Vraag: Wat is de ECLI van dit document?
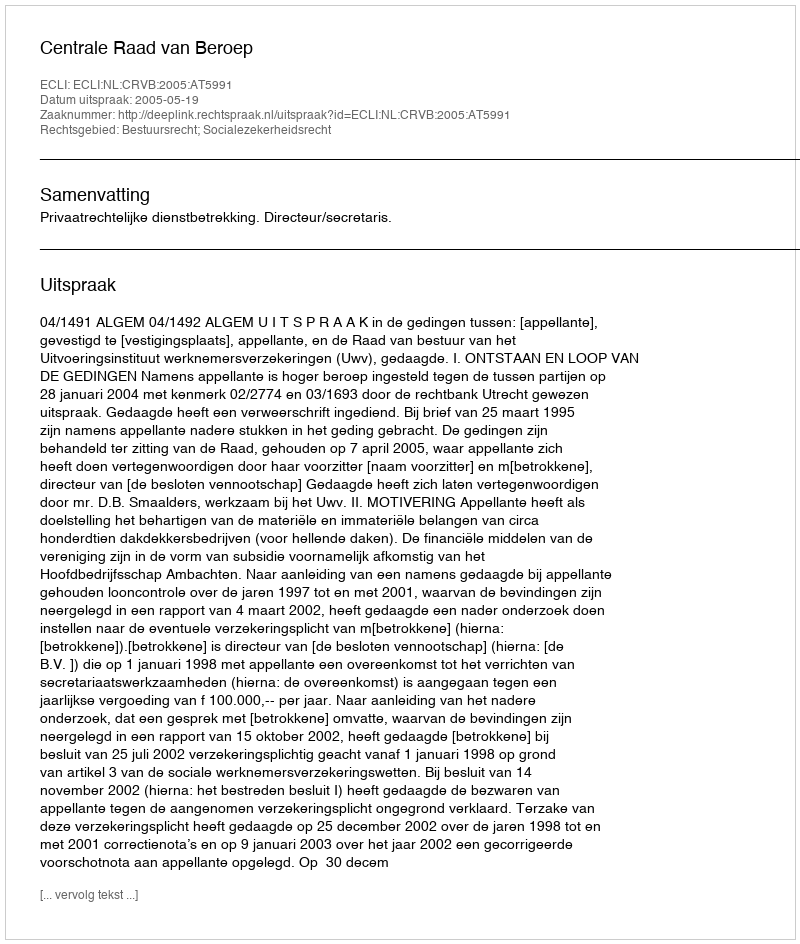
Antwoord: ECLI:NL:CRVB:2005:AT5991